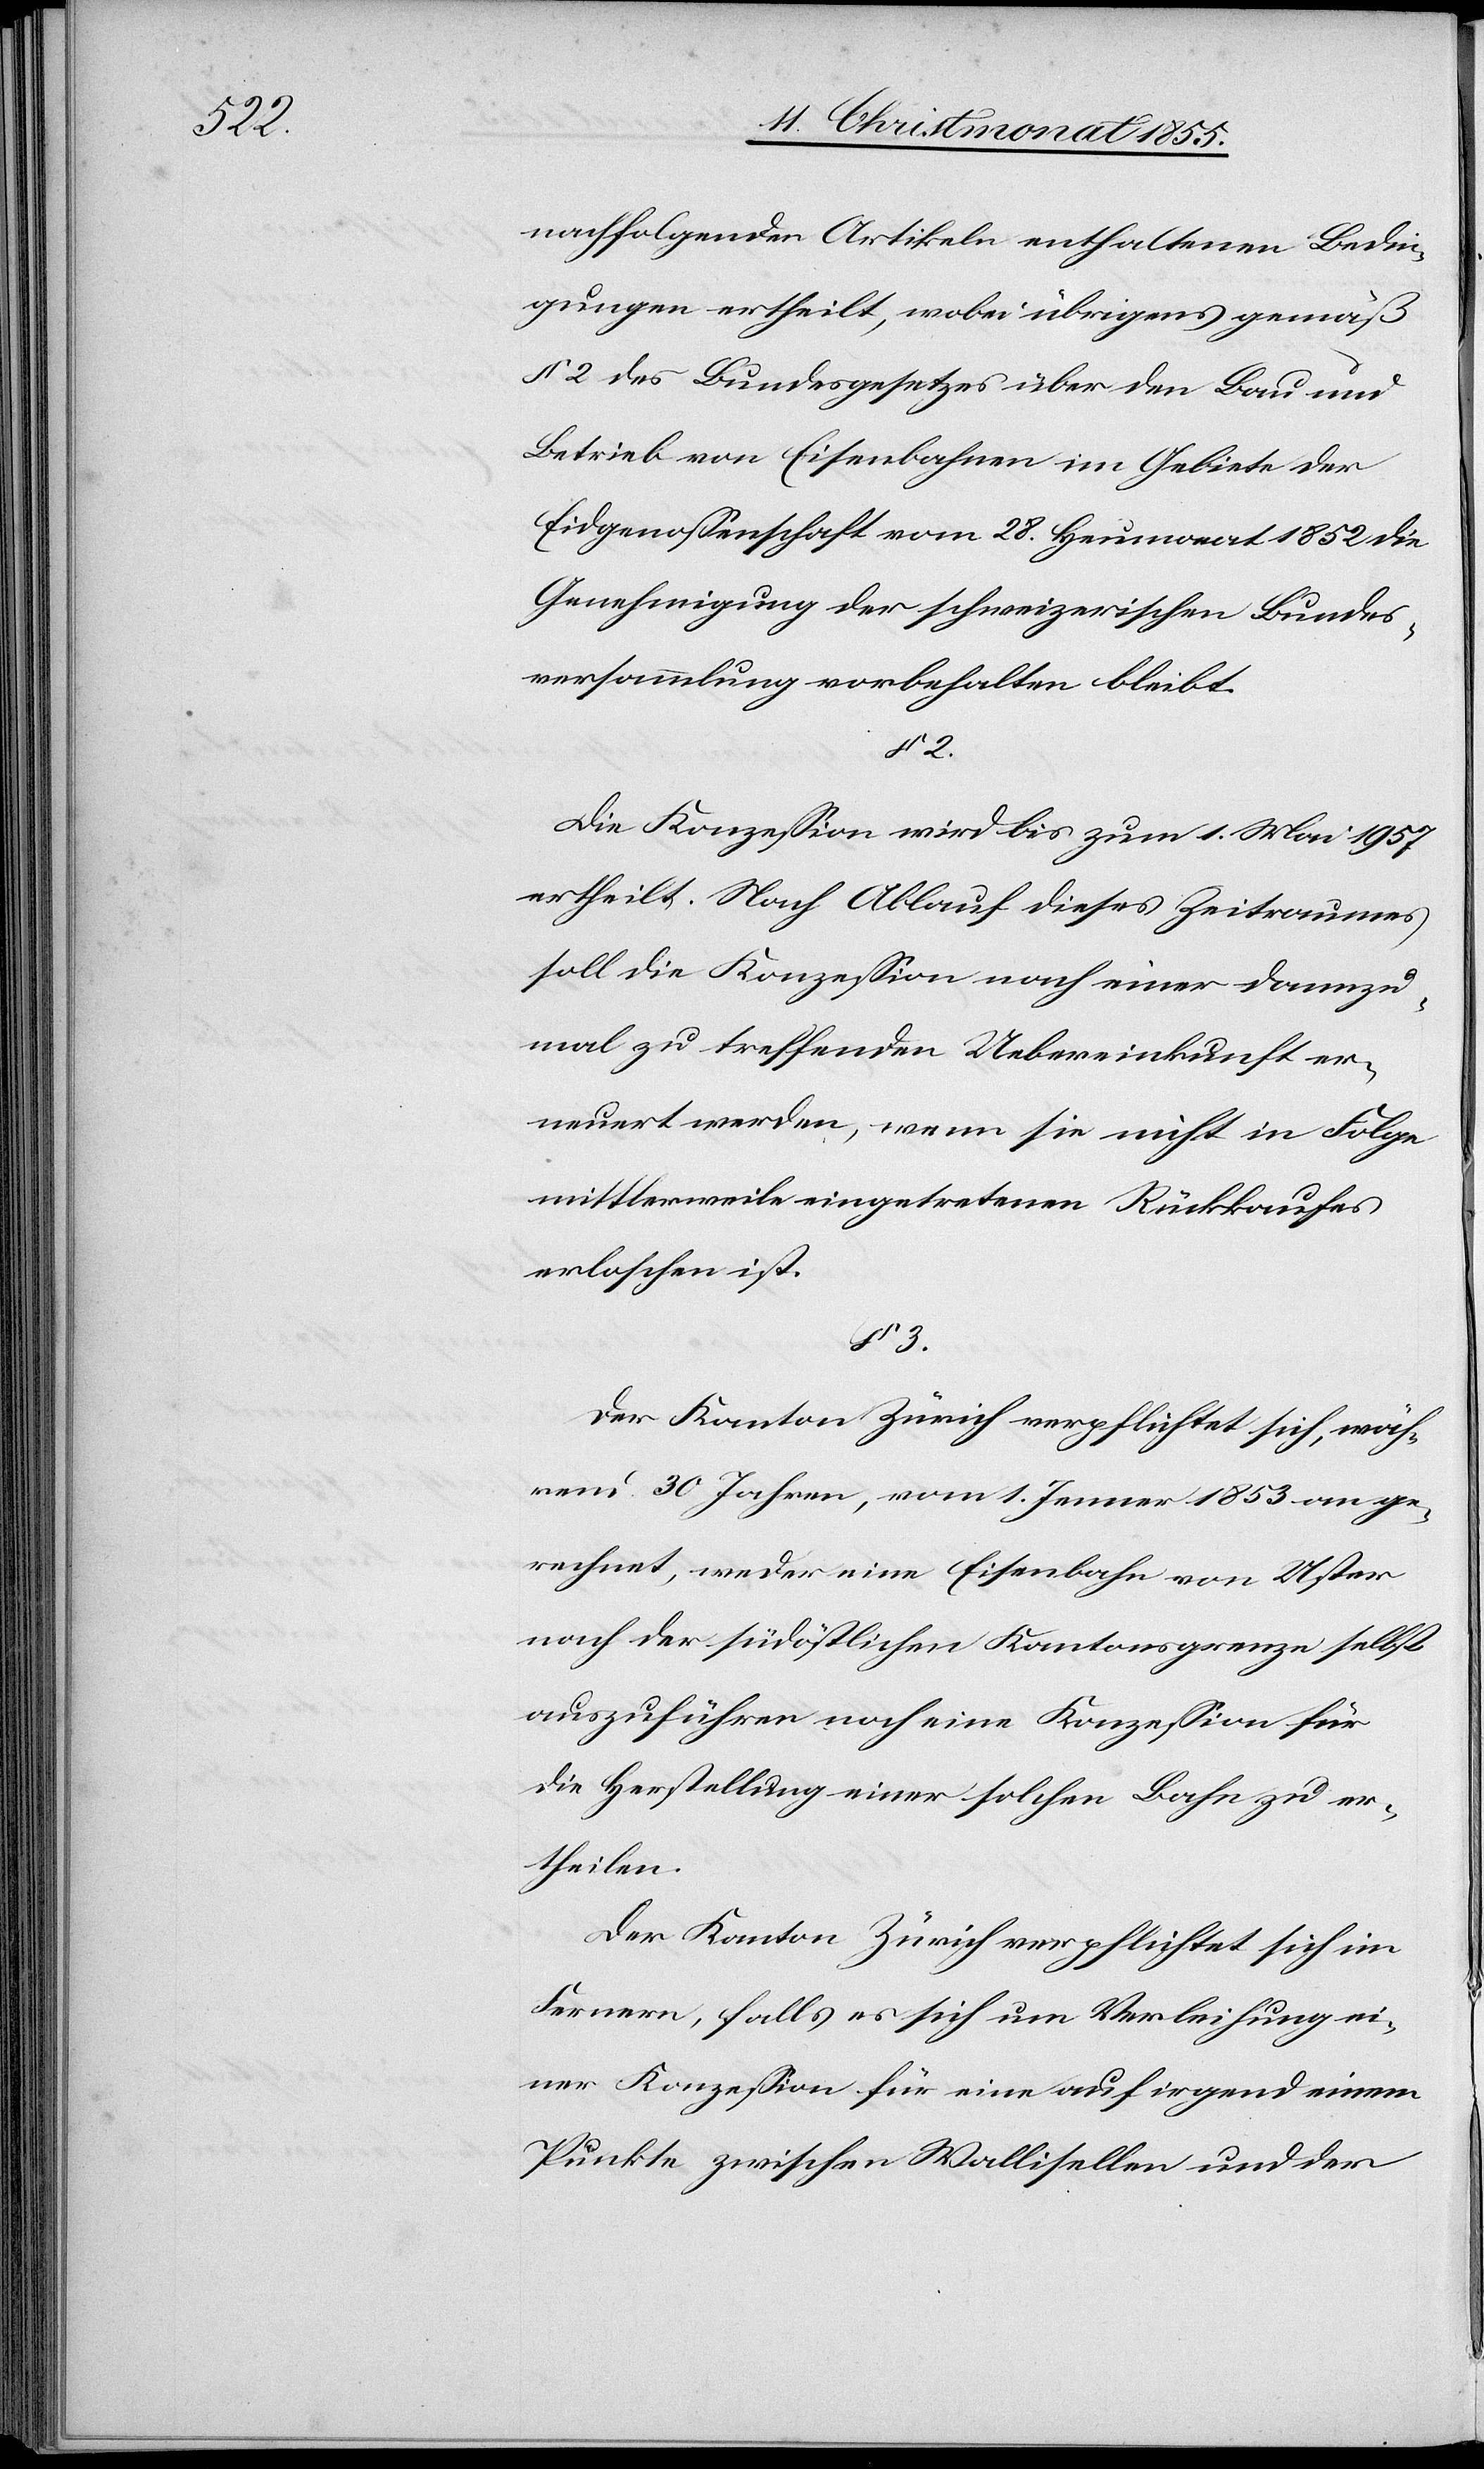
§ 3.

nachfolgenden Artikeln enthaltenen Bedin¬
gungen ertheilt, wobei übrigens gemäß
§ 2 des Bundesgesetzes über den Bau und
Betrieb von Eisenbahnen im Gebiete der
Eidgenossenschaft vom 28. Heumonat 1852 die
Genehmigung der schweizerischen Bundes¬
versammlung vorbehalten bleibt.
Die Konzession wird bis zum 1. Mai 1957
ertheilt. Nach Ablauf dieses Zeitraumes
soll die Konzession nach einer dannzu¬
mal zu treffenden Uebereinkunft er¬
neuert werden, wenn sie nicht in Folge
mittlerweile eingetretenen Rückkaufes
erloschen ist.
Der Kanton Zürich verpflichtet sich, wäh¬
rend 30 Jahren, vom 1. Jenner 1853 an ge¬
rechnet, weder eine Eisenbahn von Uster
nach der südöstlichen Kantonsgrenze selbst
auszuführen noch eine Konzession für
die Herstellung einer solchen Bahn zu er¬
theilen.
Der Kanton Zürich verpflichtet sich im
Fernern, falls es sich um Verleihung ei¬
ner Konzession für eine auf irgend einem
Punkte zwischen Wallisellen und der